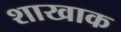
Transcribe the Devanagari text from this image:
शाखाक